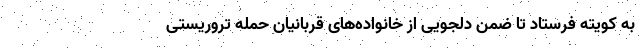
به کویته فرستاد تا ضمن دلجویی از خانواده‌های قربانیان حمله تروریستی